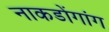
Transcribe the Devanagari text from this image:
नाकडोंगांग